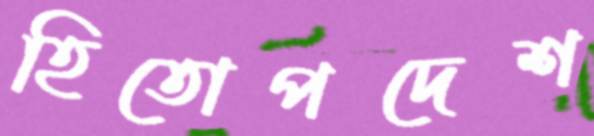
হিতোপদেশ